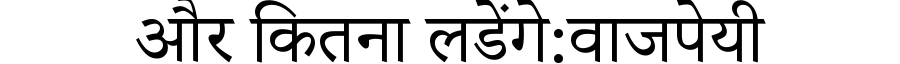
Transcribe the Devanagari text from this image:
और कितना लडेंगे:वाजपेयी